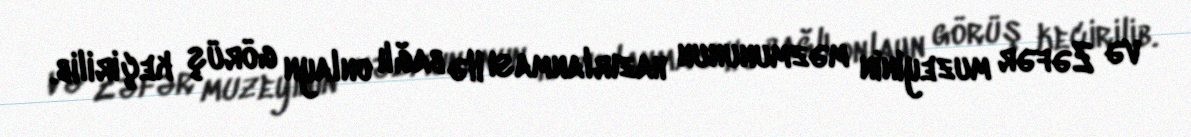
və Zəfər muzeyinin məzmununun hazırlanması ilə bağlı onlayn görüş keçirilib.